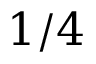
1 / 4